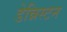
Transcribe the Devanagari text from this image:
डेन्निस्टन